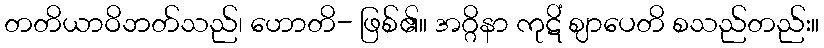
တတိယာဝိဘတ်သည်၊ ဟောတိ- ဖြစ်၏။ အဂ္ဂိနာ ကုဋိံ ဈာပေတိ စသည်တည်း။